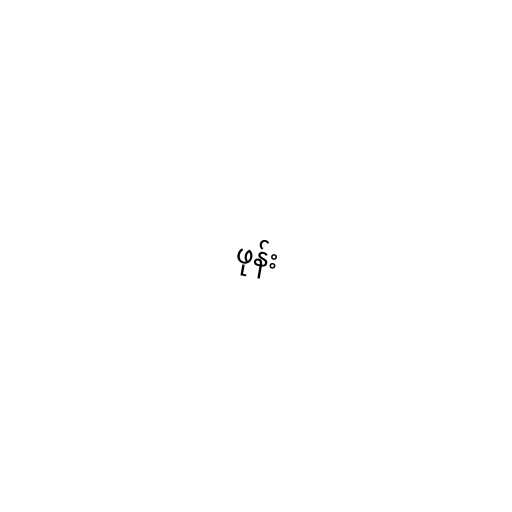
ဖုန်း